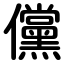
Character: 儻